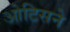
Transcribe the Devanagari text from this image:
ओटिसने